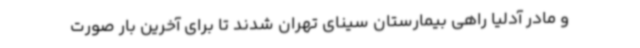
و مادر آدلیا راهی بیمارستان سینای تهران شدند تا برای آخرین ‌بار صورت